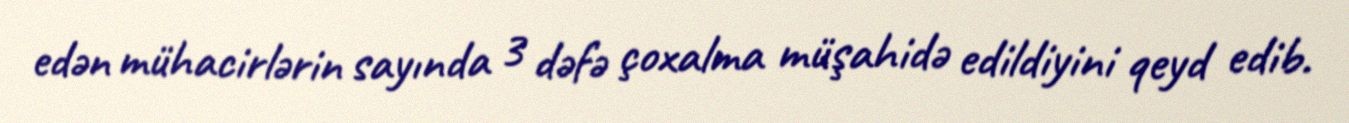
edən mühacirlərin sayında 3 dəfə çoxalma müşahidə edildiyini qeyd edib.